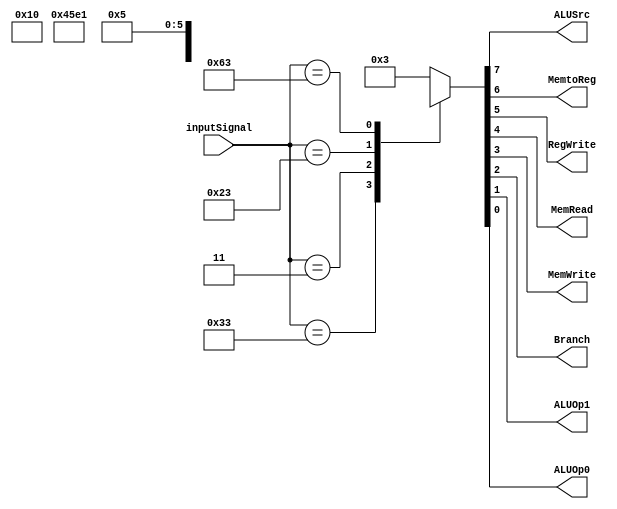

module Control(inputSignal, ALUSrc, MemtoReg, RegWrite,
		MemRead, MemWrite, Branch, ALUOp1, ALUOp0) ;  

input [6:0] inputSignal ;
output wire ALUSrc, MemtoReg, RegWrite,
       MemRead, MemWrite, Branch, ALUOp1, ALUOp0 ;

reg [7:0] out ;
assign ALUSrc = out[7], MemtoReg = out[6], RegWrite = out[5], 
        MemRead = out[4], MemWrite = out[3], Branch = out[2],
	 ALUOp1 = out[1], ALUOp0 = out[0];


always@(inputSignal)
begin
case(inputSignal)
	7'b0110011 : out = 8'b00100010 ;
	7'b0000011 : out = 8'b11110000 ;
	7'b0100011 : out = 8'b1x001000 ;
	7'b1100011 : out = 8'b0x000101 ;
	default : out = 8'b00000011;
endcase	


end
endmodule